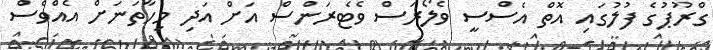
ގްރޫޕުގެ ފުލުގައި އޮތް އެސްސީ ވެލޯރަސް ވެޓެރަންސް އަށް އަދި މިހާތަނަށް އެއްވެސް